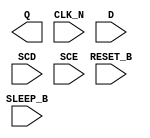
module sky130_fd_sc_lp__srsdfrtn (
    Q      ,
    CLK_N  ,
    D      ,
    SCD    ,
    SCE    ,
    RESET_B,
    SLEEP_B
);

    output Q      ;
    input  CLK_N  ;
    input  D      ;
    input  SCD    ;
    input  SCE    ;
    input  RESET_B;
    input  SLEEP_B;

    // Voltage supply signals
    supply1 KAPWR;
    supply1 VPWR ;
    supply0 VGND ;
    supply1 VPB  ;
    supply0 VNB  ;

endmodule